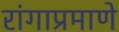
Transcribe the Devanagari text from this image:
रांगाप्रमाणे